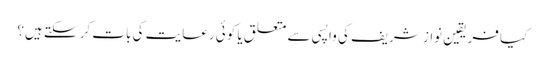
کیا فریقین نواز شریف کی واپسی سے متعلق یا کوئی رعایت کی بات کر سکتے ہیں؟